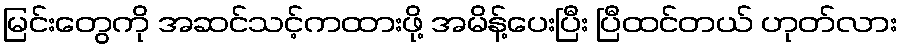
မြင်းတွေကို အဆင်သင့်ကထားဖို့ အမိန့်ပေးပြီး ပြီထင်တယ် ဟုတ်လား